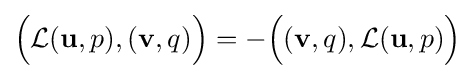
{\Bigl (}{\mathcal {L}}(\mathbf {u} ,p),(\mathbf {v} ,q){\Bigr )}=-{\Bigl (}(\mathbf {v} ,q),{\mathcal {L}}(\mathbf {u} ,p){\Bigr )}